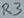
Text: R3